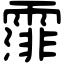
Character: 𩄼